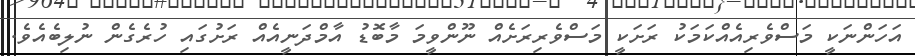
އަހަންނަކީ މަސްވެރިއެއްކަމަކު ރަށަކީ މަސްވެރިރަށެއް ނޫންވީމަ މާބޮޑު އާމްދަނީއެއް ރަށުގައި ހުރެގެން ނުލިބެއެވެ.